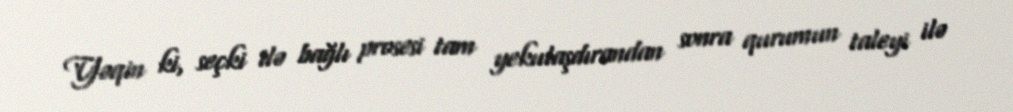
Yəqin ki, seçki ilə bağlı prosesi tam yekulaşdırandan sonra qurumun taleyi ilə